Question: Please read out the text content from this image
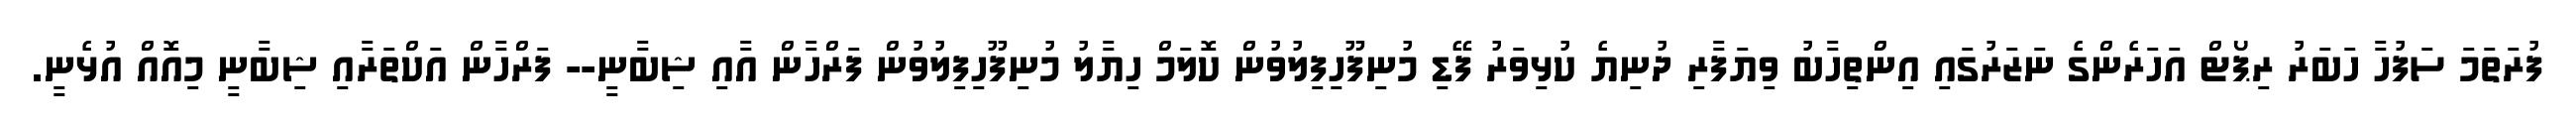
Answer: ފުރަތަމަ ސަފުހާ ހަބަރު ރިޕޯޓް އަހަރެންގެ ނަޒަރުގައި އިންތިހާބު ވިޔަފާރި ދުނިޔެ ކުޅިވަރު ފޭޑި މުނިފޫހިފިލުވުން ކޮލަމް ހިޔާލު މުނިފޫހިފިލުވުން ފަރްހާން އާއި ޝިބާނީ-- ފަރްހާން އަކްތަރާއި ޝިބާނީ މިއޮއް އުޅެނީ.